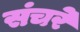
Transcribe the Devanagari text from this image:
संचरे